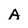
Character: A